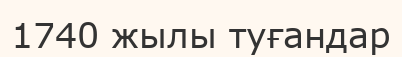
1740 жылы туғандар